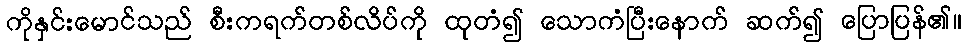
ကိုနှင်းမောင်သည် စီးကရက်တစ်လိပ်ကို ထုတံ၍ သောကံပြီးနောက် ဆက်၍ ပြောပြန်၏။